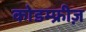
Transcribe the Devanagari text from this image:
कोडम्फ्रीज़